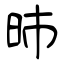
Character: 昁